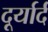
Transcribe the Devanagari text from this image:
दूर्यार्द